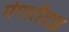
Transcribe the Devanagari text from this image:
गंगारीदाइ